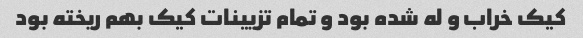
کیک خراب و له شده بود و تمام تزیینات کیک بهم ریخته بود